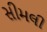
સીમલી